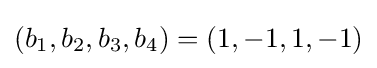
(b_{1},b_{2},b_{3},b_{4})=(1,-1,1,-1)